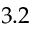
3 . 2